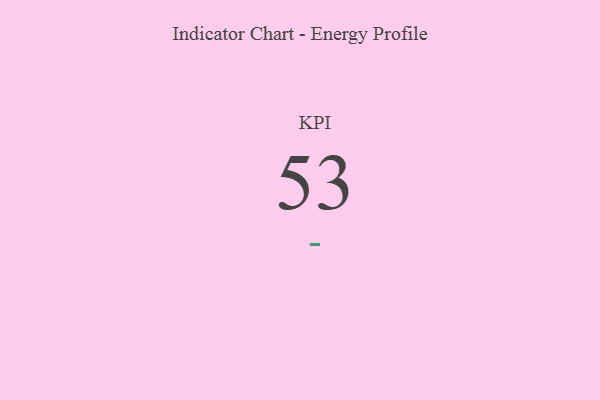
{"axis": {"x": "KPI", "y": "Value"}, "legend": [""], "data": [{"x": "KPI", "y": 53, "type": ""}]}